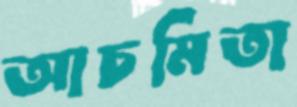
আচমিতা